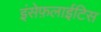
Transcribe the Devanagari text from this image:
इंसेफ़लाईटिस